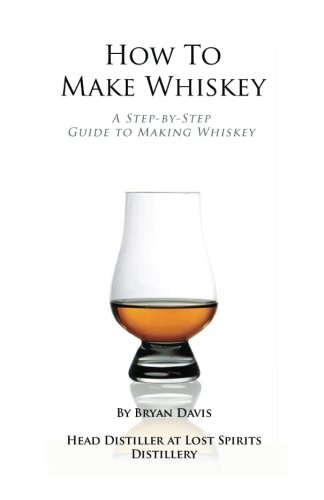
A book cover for How To Make Whiskey: A Step-by-Step Guide to Making Whiskey; Bryan A Davis; Cookbooks, Food & Wine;